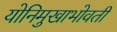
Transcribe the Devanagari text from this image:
योनिमुखाभोवती